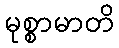
မုစ္စာမာတိ